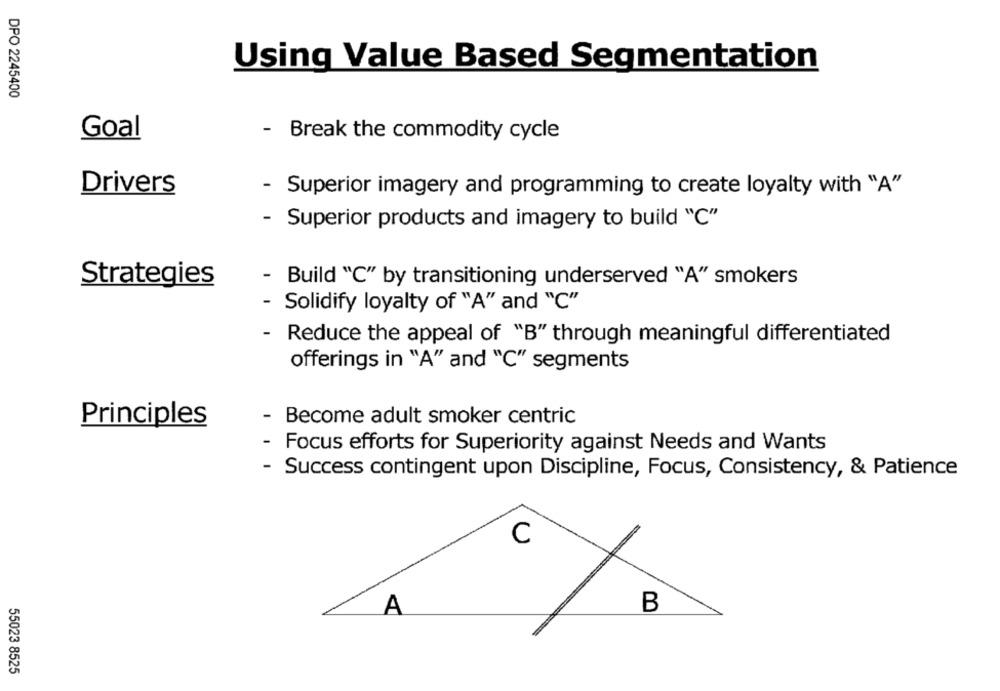
Using Value Based Segmentation
DPO 2245400
Goal
- Break the commodity cycle
Drivers
- Superior imagery and programming to create loyalty with "A"
- Superior products and imagery to build "C"
Strategies
-
Build "C" by transitioning underserved "A" smokers
Solidify loyalty of "A" and "C"
- Reduce the appeal of "B" through meaningful differentiated
offerings in "A" and "C" segments
Become adult smoker centric
Principles
Focus efforts for Superiority against Needs and Wants
Success contingent upon Discipline, Focus, Consistency, & Patience
C
B
A
55023 8525